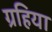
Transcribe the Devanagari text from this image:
ग्रहिया